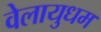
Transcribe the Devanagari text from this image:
वेलायुधम